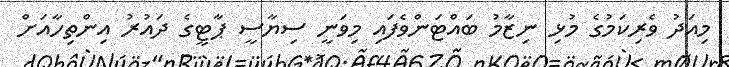
މިއަދު ވެރިކަމުގެ މުޅި ނިޒާމު ބައްޓަންވެފައި މިވަނީ ސިޔާސީ ޕާޓީގެ ދައުރު އިންތިހާއަށް